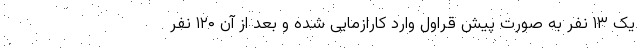
یک ۱۳ نفر به صورت پیش قراول وارد کارازمایی شده و بعد از آن ۱۲۰ نفر